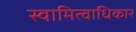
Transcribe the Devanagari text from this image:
स्वामित्वाधिकार